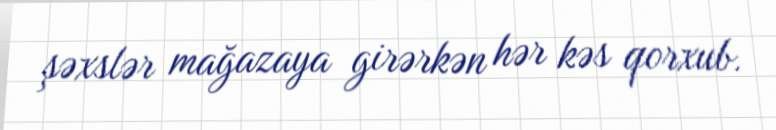
şəxslər mağazaya girərkən hər kəs qorxub.